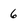
Character: 6